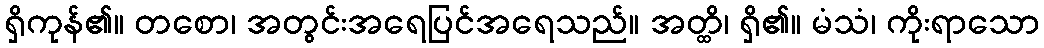
ရှိကုန်၏။ တစော၊ အတွင်းအရေပြင်အရေသည်။ အတ္ထိ၊ ရှိ၏။ မံသံ၊ ကိုးရာသော